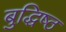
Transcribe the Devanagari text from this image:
बुद्धिष्‍ठ